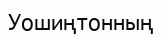
Уошиңтонның